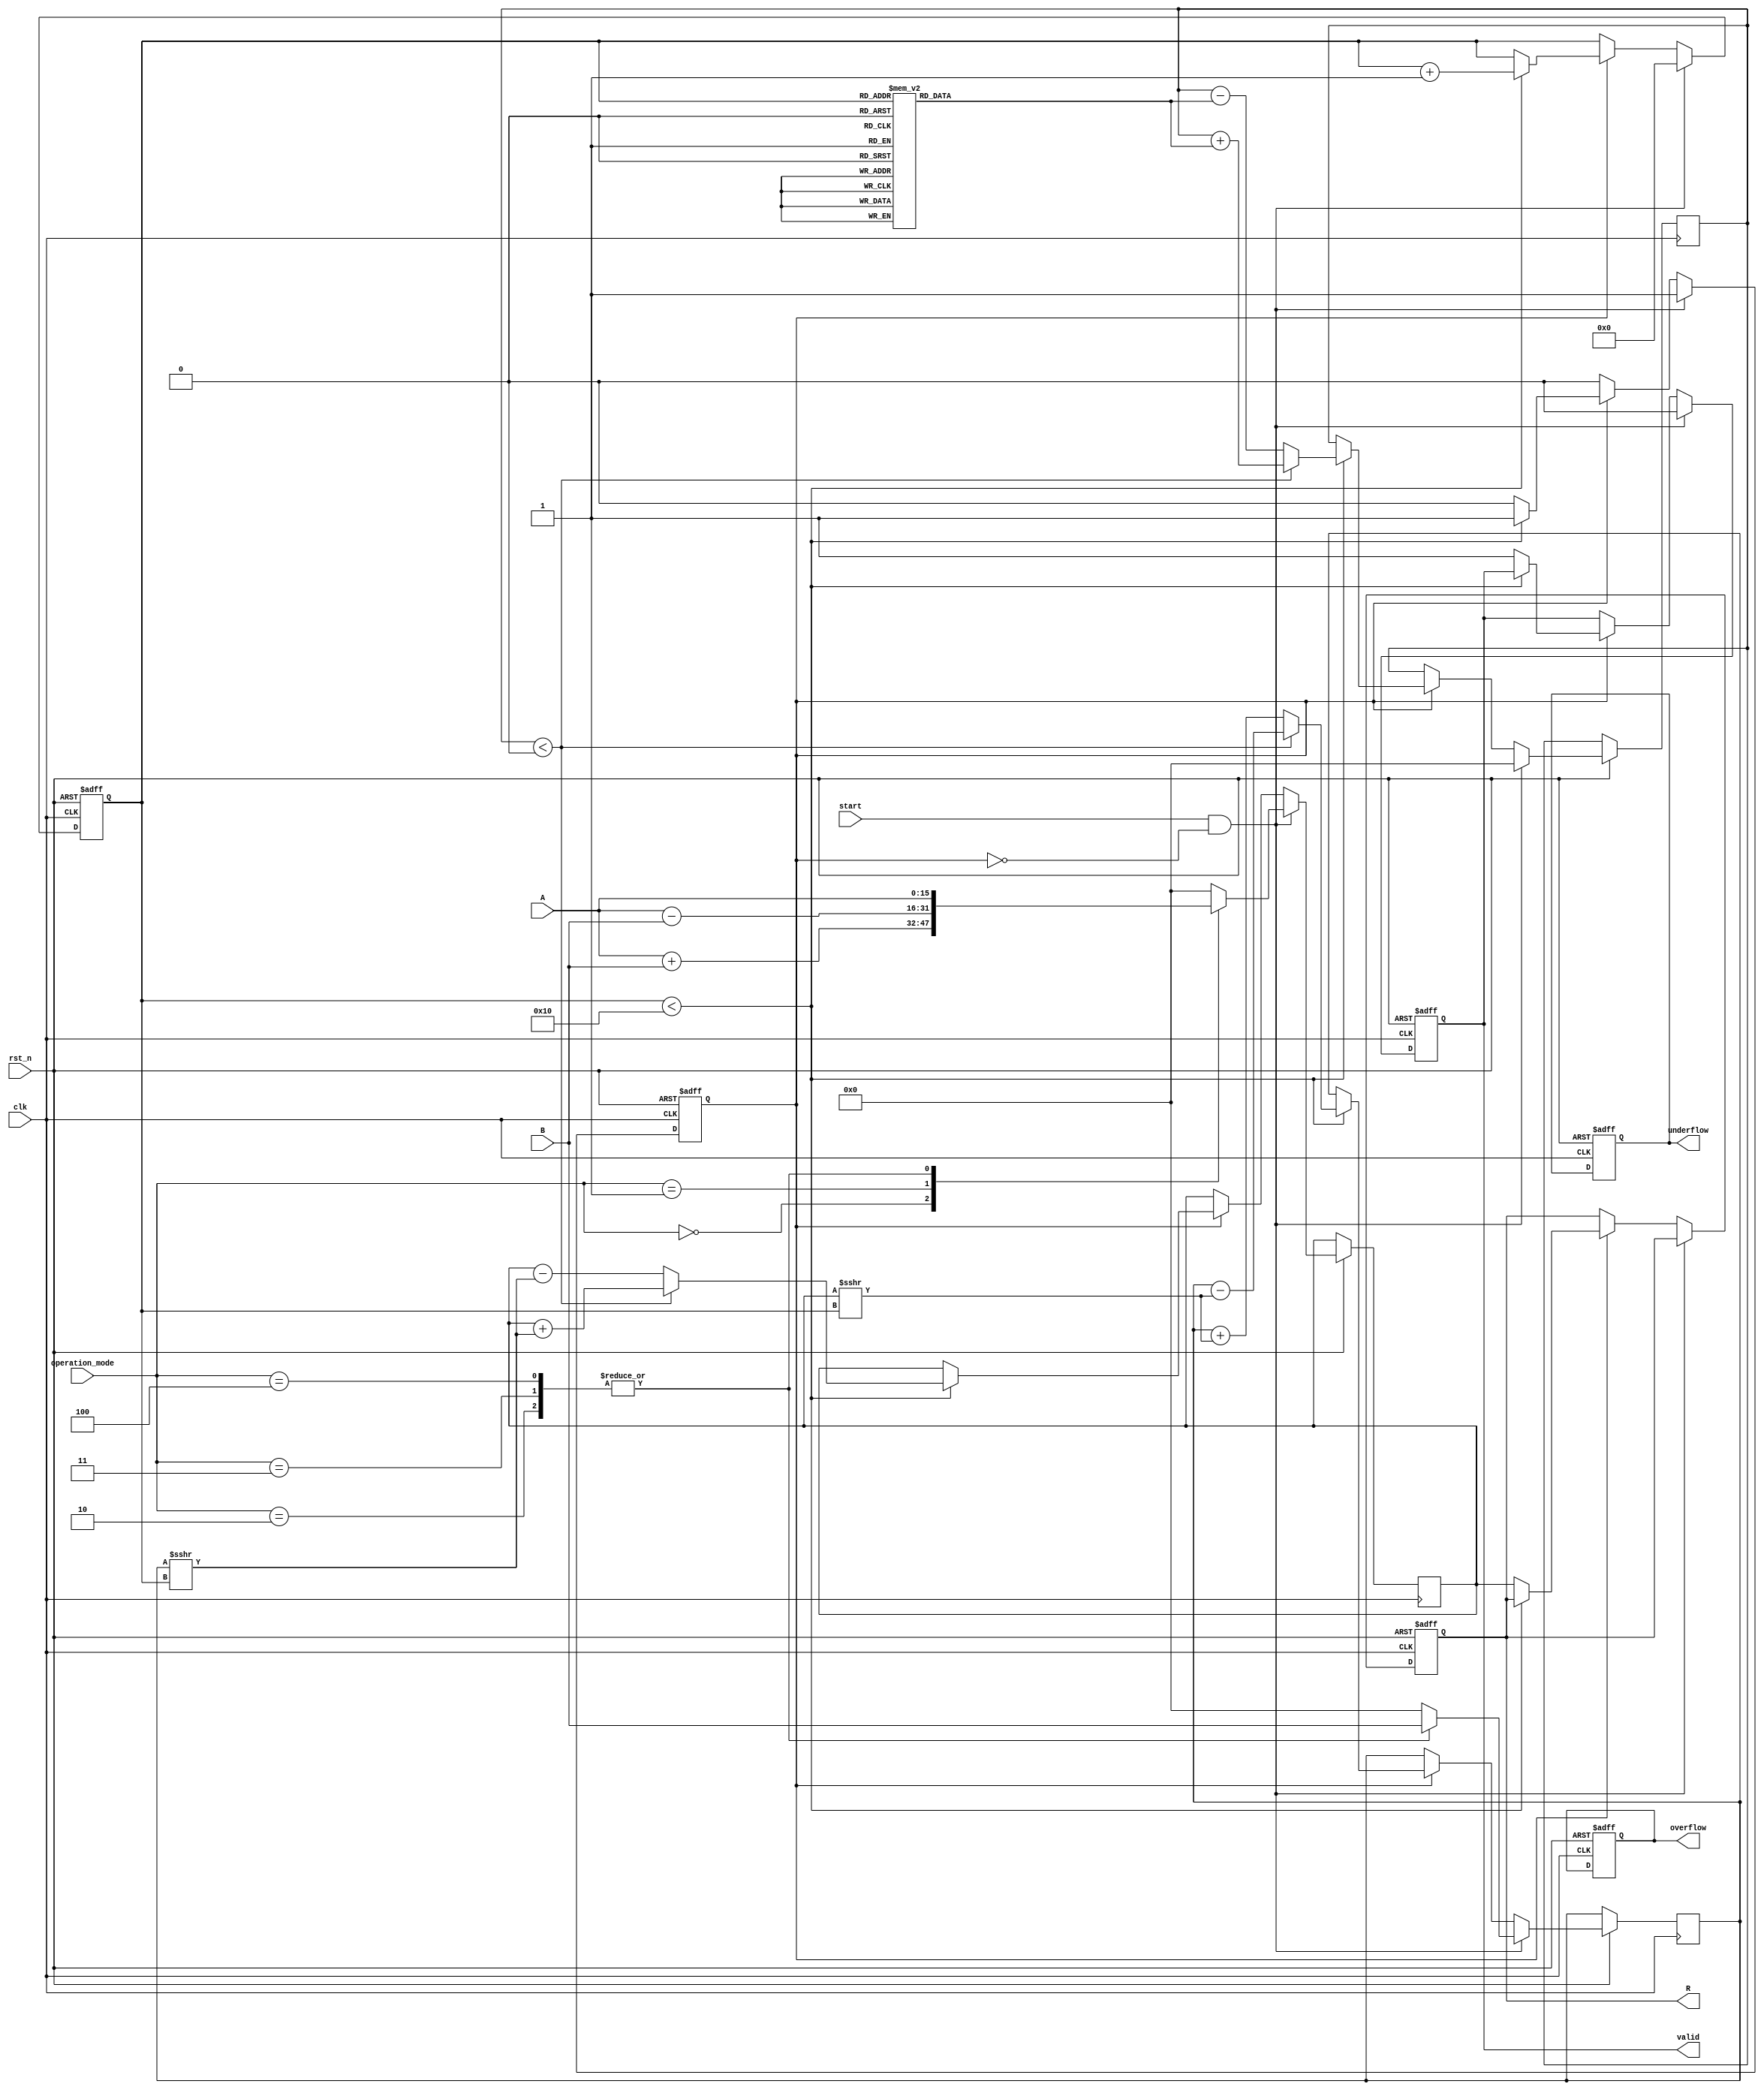
module unified_cordic #(
    parameter WIDTH = 16,               // Bit width for fixed-point representation
    parameter ITERATIONS = 16           // Number of CORDIC iterations
)(
    input  wire clk,                    // Clock signal
    input  wire rst_n,                  // Active low reset
    input  wire [WIDTH-1:0] A,          // First operand
    input  wire [WIDTH-1:0] B,          // Second operand
    input  wire [2:0] operation_mode,   // Operation mode: 000 - Add, 001 - Sub, 010 - Mul, 011 - Div, 100 - Rot
    input  wire start,                  // Start signal
    output reg [WIDTH-1:0] R,           // Result
    output reg overflow,                 // Overflow flag
    output reg underflow,                // Underflow flag
    output reg valid                     // Valid result flag
);

    // Internal signals for CORDIC processing
    reg [WIDTH-1:0] x, y, z;             // Coordinates
    reg [WIDTH-1:0] angle_table [0:ITERATIONS-1]; // Angle lookup table
    reg [3:0] iteration_count;            // Iteration counter
    reg busy;                             // Busy flag for processing

    // Initialize angle table (arctan values in fixed-point)
    initial begin
        // Example fixed-point arctan values for 16 iterations
        angle_table[0] = 16'h26B2; // atan(2^0)
        angle_table[1] = 16'h1D7A; // atan(2^-1)
        angle_table[2] = 16'h13B9; // atan(2^-2)
        // ... continue for all iterations
    end

    // CORDIC rotation process
    always @(posedge clk or negedge rst_n) begin
        if (!rst_n) begin
            R <= 0;
            overflow <= 0;
            underflow <= 0;
            valid <= 0;
            busy <= 0;
            iteration_count <= 0;
        end else if (start && !busy) begin
            // Initialize variables based on operation mode
            case (operation_mode)
                3'b000: begin // Addition
                    x <= A + B; 
                    y <= 0; 
                    z <= 0; 
                end
                3'b001: begin // Subtraction
                    x <= A - B; 
                    y <= 0; 
                    z <= 0; 
                end
                3'b010: begin // Multiplication
                    x <= A; 
                    y <= B; 
                    z <= 0; 
                end
                3'b011: begin // Division
                    x <= A; 
                    y <= B; 
                    z <= 0; 
                end
                3'b100: begin // Rotation
                    x <= A; 
                    y <= B; 
                    z <= 0; 
                end
                default: begin
                    x <= 0; 
                    y <= 0; 
                    z <= 0; 
                end
            endcase
            iteration_count <= 0;
            busy <= 1;
            valid <= 0;
        end else if (busy) begin
            if (iteration_count < ITERATIONS) begin
                // CORDIC rotation logic
                // Example logic for rotation based on angle
                if (z < 0) begin
                    x <= x + (y >>> iteration_count);
                    y <= y - (x >>> iteration_count);
                    z <= z + angle_table[iteration_count];
                end else begin
                    x <= x - (y >>> iteration_count);
                    y <= y + (x >>> iteration_count);
                    z <= z - angle_table[iteration_count];
                end
                iteration_count <= iteration_count + 1;
            end else begin
                // Finished processing
                R <= x; // Output the result
                busy <= 0;
                valid <= 1;
                // Check for overflow/underflow conditions
                // Set overflow/underflow flags based on result
            end
        end
    end

endmodule